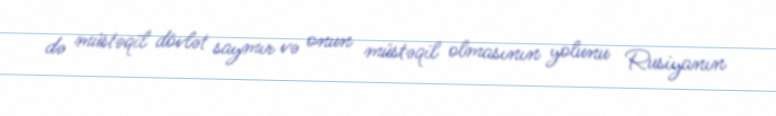
də müstəqil dövlət saymır və onun müstəqil olmasının yolunu Rusiyanın